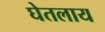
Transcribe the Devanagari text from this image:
घेतलाय